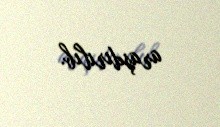
araşdırılıb.